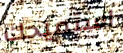
استميحك